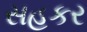
સહકર